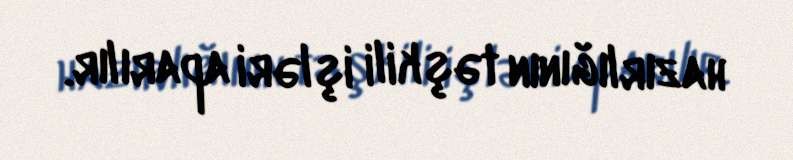
hazırlığının təşkili işləri aparılır.